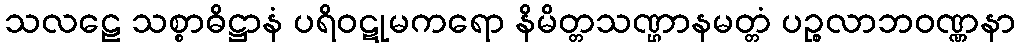
သလဠေ သစ္စာဓိဋ္ဌာနံ ပရိဝဋုမကရော နိမိတ္တသဏ္ဌာနမတ္တံ ပဉ္စလာဘဝဏ္ဏနာ